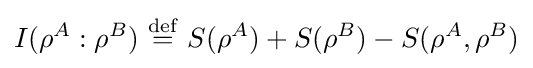
I(\rho ^{A}:\rho ^{B})\ {\stackrel {\mathrm {def} }{=}}\ S(\rho ^{A})+S(\rho ^{B})-S(\rho ^{A},\rho ^{B})